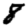
Digit: 8